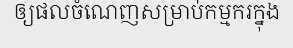
ឲ្យផលចំណេញសម្រាប់កម្មករក្នុង